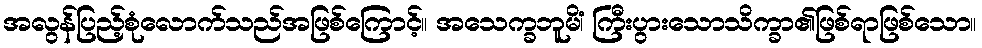
အလွန်ပြည့်စုံလောက်သည်အဖြစ်ကြောင့်။ အသေက္ခဘူမိံ၊ ကြီးပွားသောသိက္ခာ၏ဖြစ်ရာဖြစ်သော။